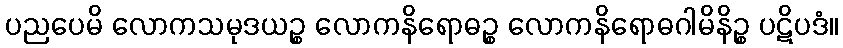
ပညပေမိ လောကသမုဒယဉ္စ လောကနိရောဓဉ္စ လောကနိရောဓဂါမိနိဉ္စ ပဋိပဒံ။